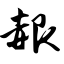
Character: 赧